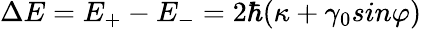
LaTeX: \Delta E=E_{+}-E_{-}=2\hbar(\kappa+\gamma_{0}sin\varphi)